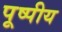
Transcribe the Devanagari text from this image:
पूष्पीय